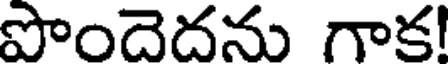
పొందెదను గాక!